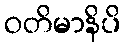
ဝတိမာနိပိ